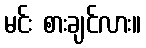
မင်း စားချင်လား။